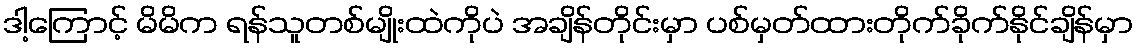
ဒါ့ကြောင့် မိမိက ရန်သူတစ်မျိုးထဲကိုပဲ အချိန်တိုင်းမှာ ပစ်မှတ်ထားတိုက်ခိုက်နိုင်ချိန်မှာ